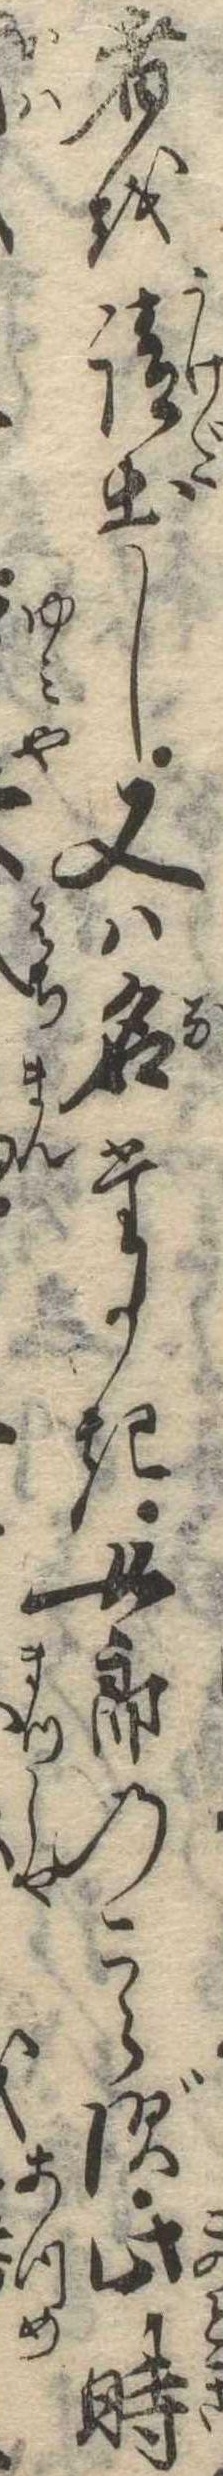
者を請出し又は名たかき女郎のこらず此時